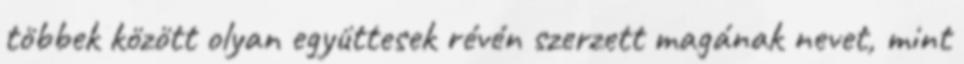
többek között olyan együttesek révén szerzett magának nevet, mint